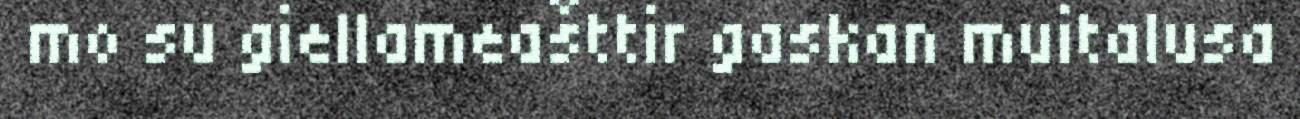
mo su giellameašttir gaskan muitalusa